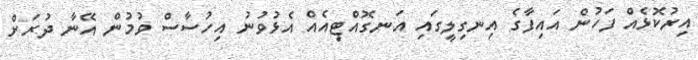
އިރުކޮޅެއް ފަހުން އައިފާގެ އިނގިލީގައި އަނގޮއްޓިއެއް އެޅުވުނު އިހުސާސް ވުމުން އޭނާ ދުރަށް